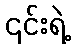
၎င်းရဲ့